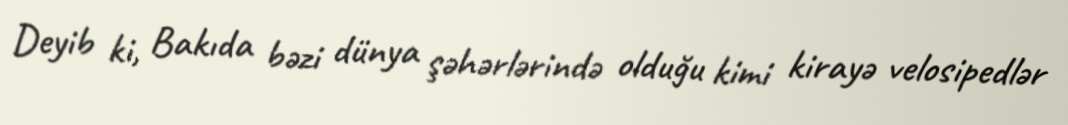
Deyib ki, Bakıda bəzi dünya şəhərlərində olduğu kimi kirayə velosipedlər